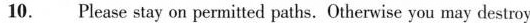
10. Please stay on permitted paths. Otherwise you may destroy